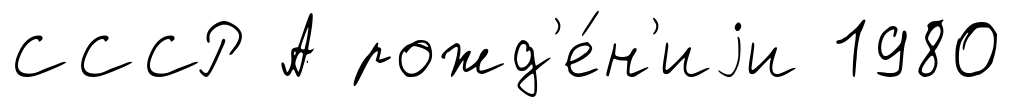
СССР А рожд'е́н'иjи 1980